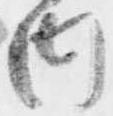
内